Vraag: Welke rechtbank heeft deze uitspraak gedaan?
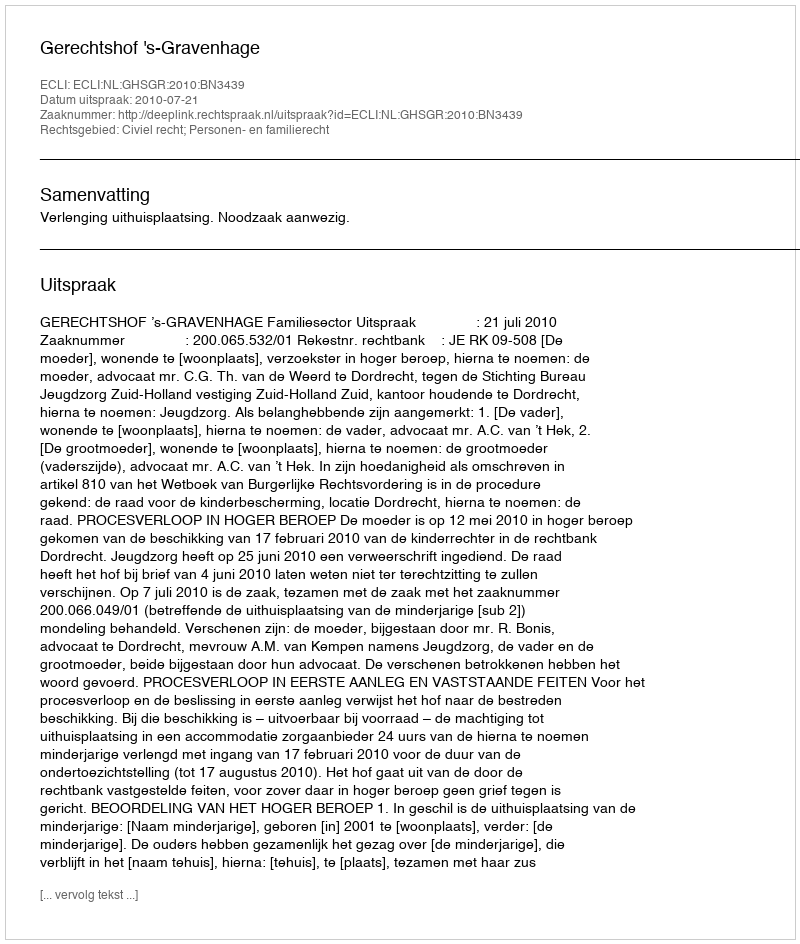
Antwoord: Gerechtshof 's-Gravenhage